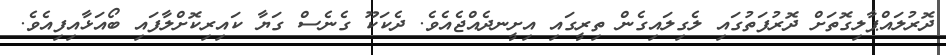
ދޮރުލައްޕާލިގޮތަށް ދޮރުފަތުގައި ލެގިލައިގެން ތިރީގައި އިށީނދެއްޖެއެވެ. ދެކަކޫ ގެނެސް ގަޔާ ކައިރިކޮށްލާފައި ބޯއަޅާއިފިއެވެ.